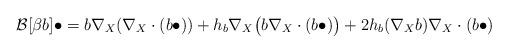
LaTeX: \begin{align*} \mathcal{B}[\beta b]\bullet &= b \nabla_X(\nabla_X\cdot(b\bullet)) + h_b \nabla_X \big{(}b\nabla_X\cdot(b\bullet)\big{)} + 2h_b(\nabla_Xb)\nabla_X\cdot(b\bullet) \end{align*}